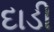
દાડી